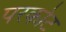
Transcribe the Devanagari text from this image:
परकाेट